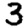
Digit: 3